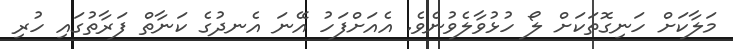
މަލާކަށް ހަނިގޮތަކަށް ލޯ ހުޅުވާލެވުނެވެ. އެއަށްފަހު އޭނަ އެނދުގެ ކަނާތް ފަރާތުގައި ހުރި